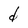
Character: d